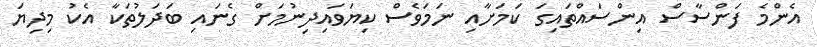
އެންމެ ފަންސާސް އިންސައްތައިގަ ކަމަށާއި ނަމަވެސް ކިޔަވައިދިނުމަށް ގެނައި ބަދަލުތަކާ އެކު މިދިޔަ